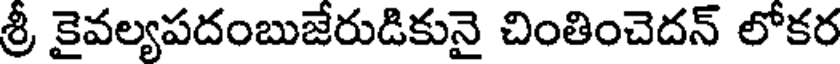
శ్రీ కైవల్యపదంబుజేరుడికునై చింతించెదన్ లోకర